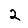
Digit: 2